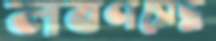
লবণসেদ্ধ